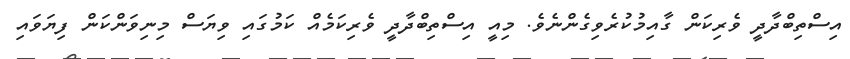
އިސްތިބްދާދީ ވެރިކަން ގާއިމުކުރެވިގެންނެވެ. މިއީ އިސްތިބްދާދީ ވެރިކަމެއް ކަމުގައި ވިޔަސް މިނިވަންކަން ފިޔަވައި